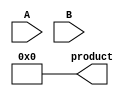
module variable_length_wallace_tree_multiplier #(
    parameter MAX_WIDTH = 16 // Maximum width of inputs A and B
)(
    input [MAX_WIDTH-1:0] A, // Input A
    input [MAX_WIDTH-1:0] B, // Input B
    output reg [2*MAX_WIDTH-1:0] product // Output product
);

    // Internal wires for partial products
    wire [MAX_WIDTH-1:0] partial_products[MAX_WIDTH-1:0];
    wire [2*MAX_WIDTH-1:0] sum_stage[MAX_WIDTH:0];
    wire [MAX_WIDTH:0] carry_stage[MAX_WIDTH:0];

    // Generate partial products
    genvar i;
    generate
        for (i = 0; i < MAX_WIDTH; i = i + 1) begin : pp_gen
            assign partial_products[i] = A & {MAX_WIDTH{B[i]}};
        end
    endgenerate

    // Wallace Tree Reduction
    integer j, k;
    always @(*) begin
        // Initialize sum and carry stages
        for (j = 0; j <= MAX_WIDTH; j = j + 1) begin
            sum_stage[j] = 0;
            carry_stage[j] = 0;
        end
        
        // First stage: Combine partial products using half and full adders
        for (j = 0; j < MAX_WIDTH; j = j + 1) begin
            for (k = 0; k < MAX_WIDTH; k = k + 1) begin
                if (j + k < MAX_WIDTH) begin
                    sum_stage[j + k] = sum_stage[j + k] + partial_products[k][j];
                end
            end
        end

        // Combine results in a Wallace tree fashion
        for (j = 0; j < MAX_WIDTH; j = j + 1) begin
            if (j < MAX_WIDTH - 1) begin
                {carry_stage[j + 1], sum_stage[j]} = sum_stage[j] + carry_stage[j];
            end
        end

        // Final summation of the last two stages
        product = sum_stage[MAX_WIDTH] + carry_stage[MAX_WIDTH];
    end

endmodule